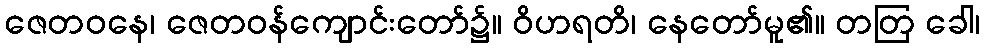
ဇေတဝနေ၊ ဇေတဝန်ကျောင်းတော်၌။ ဝိဟရတိ၊ နေတော်မူ၏။ တတြ ခေါ၊